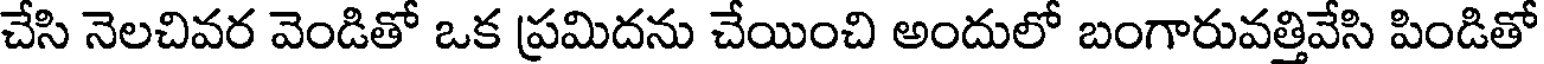
చేసి నెలచివర వెండితో ఒక ప్రమిదను చేయించి అందులో బంగారువత్తివేసి పిండితో